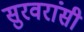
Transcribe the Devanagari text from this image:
सुरवरांसी